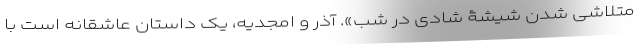
متلاشی شدن شیشۀ شادی در شب». آذر و امجدیه، یک داستان عاشقانه است با